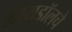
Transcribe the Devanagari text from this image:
आयडॉलचे